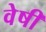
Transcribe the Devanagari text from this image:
वेषी